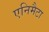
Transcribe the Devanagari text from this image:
एनिमैटा